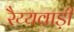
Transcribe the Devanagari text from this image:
रैय्यवाड़ी